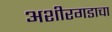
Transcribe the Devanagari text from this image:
अशीरगडाचा